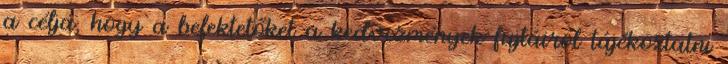
a célja, hogy a befektetőket a kedvezmények fajtáiról tájékoztatni